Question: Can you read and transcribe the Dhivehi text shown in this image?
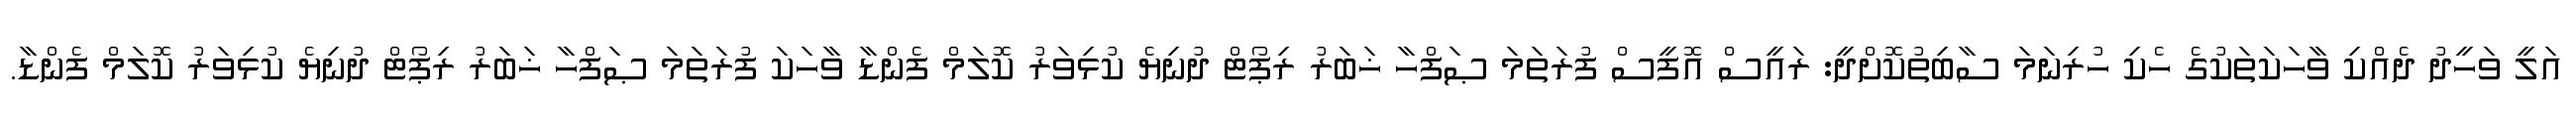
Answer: އަލީ ވަހީދު ދެއްކި ވާހަކަތަކުގެ ހެކި ހުރިނަމަ ސާބިތުކޮށްދީ: ރައީސް އޮފީސް ފުރަތަމަ ޞަފްހާ ޚަބަރު ރިޕޯޓް ދުނިޔެ ކުޅިވަރު ކޮލަމް ފެންޑާ ވާހަކަ ފުރަތަމަ ޞަފްހާ ޚަބަރު ރިޕޯޓް ދުނިޔެ ކުޅިވަރު ކޮލަމް ފެންޑާ.